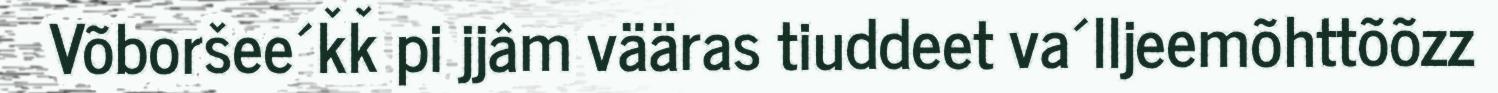
Võboršee´ǩǩ pi jjâm vääras tiuddeet va´lljeemõhttõõzz